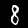
Label: 8